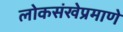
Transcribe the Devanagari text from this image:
लोकसंखेप्रमाणे